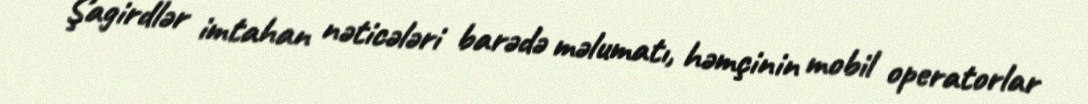
Şagirdlər imtahan nəticələri barədə məlumatı, həmçinin mobil operatorlar